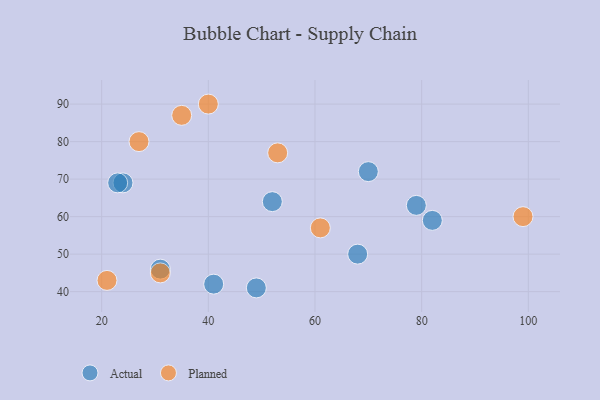
{"axis": {"x": "GDP", "y": "Life Expectancy"}, "legend": ["Actual", "Planned"], "data": [{"x": "41", "y": 42, "type": "Actual"}, {"x": "68", "y": 50, "type": "Actual"}, {"x": "70", "y": 72, "type": "Actual"}, {"x": "31", "y": 46, "type": "Actual"}, {"x": "52", "y": 64, "type": "Actual"}, {"x": "24", "y": 69, "type": "Actual"}, {"x": "79", "y": 63, "type": "Actual"}, {"x": "23", "y": 69, "type": "Actual"}, {"x": "49", "y": 41, "type": "Actual"}, {"x": "82", "y": 59, "type": "Actual"}, {"x": "21", "y": 43, "type": "Planned"}, {"x": "40", "y": 90, "type": "Planned"}, {"x": "27", "y": 80, "type": "Planned"}, {"x": "53", "y": 77, "type": "Planned"}, {"x": "99", "y": 60, "type": "Planned"}, {"x": "61", "y": 57, "type": "Planned"}, {"x": "31", "y": 45, "type": "Planned"}, {"x": "35", "y": 87, "type": "Planned"}]}